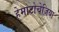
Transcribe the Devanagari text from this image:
हेमाटोचेज़िया